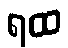
ရထ